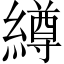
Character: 繜